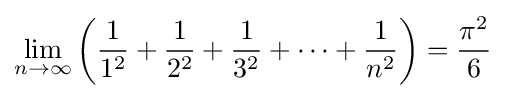
\lim _{n\to \infty }\left({\frac {1}{1^{2}}}+{\frac {1}{2^{2}}}+{\frac {1}{3^{2}}}+\cdots +{\frac {1}{n^{2}}}\right)={\frac {\pi ^{2}}{6}}